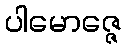
ပါမောဇ္ဇေ